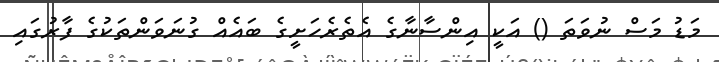
މަޑު މަސް ނުވަތަ () އަކީ އިންސާނާގެ އެތެރެހަށީގެ ބައެއް ގުނަވަންތަކުގެ ފާރުގައި